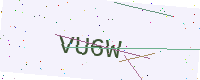
Text: VU6W